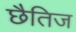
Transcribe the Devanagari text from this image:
छैतिज